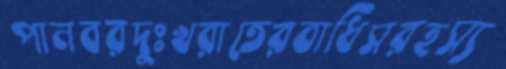
পানবরদুঃখরাতেরবাধিসরহস্য